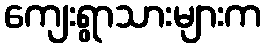
ကျေးရွာသားများက